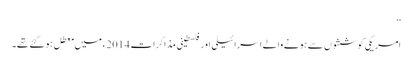
‘‘
امریکی کوششوں سے ہونے والے اسرائیلی اور فلسطینی مذاکرات 2014ء میں معطل ہو گئے تھے۔